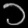
Digit: ၁